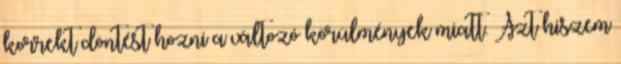
korrekt döntést hozni a változó körülmények miatt. Azt hiszem